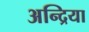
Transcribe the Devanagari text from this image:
अन्द्रिया